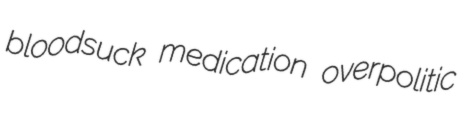
bloodsuck medication overpolitic